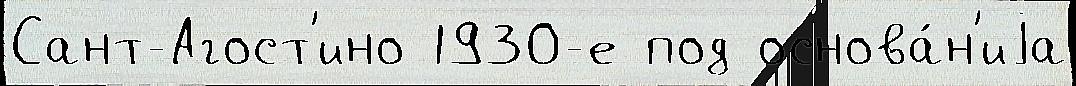
Сант-Агост'ино 1930-е под основа́н'иjа